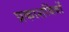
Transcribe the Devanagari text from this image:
प्रकाशबिंबों